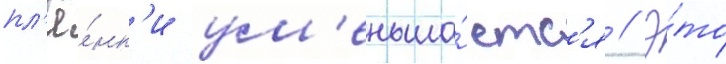
пл'ё́нк'и ум'еньша́етс'я // Э́то